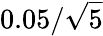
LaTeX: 0.05/\sqrt{5}